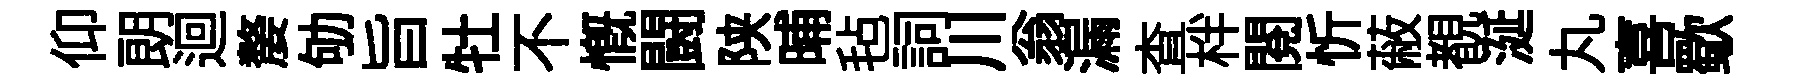
仰朗迴嫠劬旨牡不慨闘陕晡毡詞川翁漏查柈閱忻蔽覩涎丸喜歜